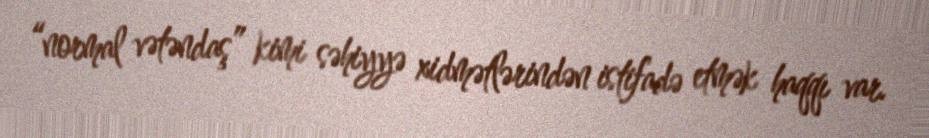
“normal vətəndaş” kimi səhiyyə xidmətlərindən istifadə etmək haqqı var.